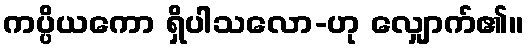
ကပ္ပိယကော ရှိပါသလော-ဟု လျှောက်၏။